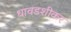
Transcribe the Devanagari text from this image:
धावडशीकर